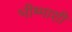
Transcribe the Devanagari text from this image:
भीष्माशी